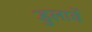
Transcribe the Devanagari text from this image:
डुलावें